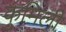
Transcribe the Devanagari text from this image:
कुमिली